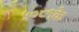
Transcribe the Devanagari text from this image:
५०८१के